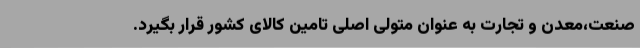
صنعت،‌معدن و تجارت به عنوان متولی اصلی تامین کالای کشور قرار بگیرد.